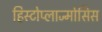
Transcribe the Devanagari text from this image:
हिस्टोप्लाज्मोसिस